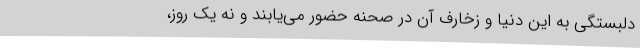
دلبستگی به این دنیا و زخارف آن در صحنه حضور می‌یابند و نه یک روز،